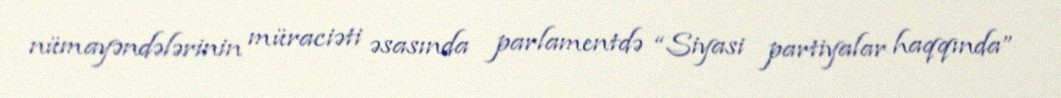
nümayəndələrinin müraciəti əsasında parlamentdə “Siyasi partiyalar haqqında”